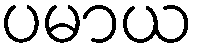
ပမာယ